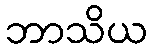
ဘာသိယ